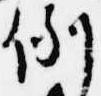
例